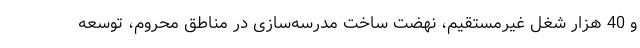
و 40 هزار شغل غیرمستقیم، نهضت ساخت مدرسه‌سازی در مناطق محروم، توسعه